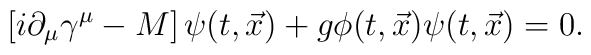
\left[i \partial_{\mu}\gamma^{\mu} - M\right]\psi(t,{\vec x}) +g \phi(t,{\vec x}) \psi(t,{\vec x}) = 0.